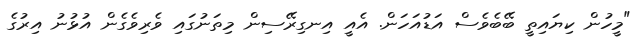
"މީހުން ކިޔައިތީ ބޭބެވެސް އަޑުއަހަން. އެއީ އިނގިރޭސިން މިތަނުގައި ވެރިވެގެން އުޅުނު އިރުގެ